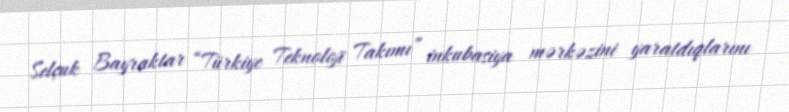
Selçuk Bayraktar “Türkiye Teknoloji Takımı” inkubasiya mərkəzini yaratdıqlarını